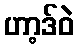
ဟာ့ဒ်ဝဲ